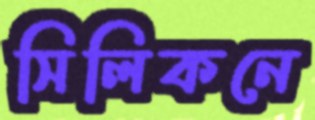
সিলিকনে